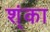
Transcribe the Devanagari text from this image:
श्ंका